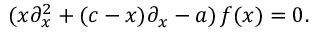
( x \partial _ { x } ^ { 2 } + ( c - x ) \partial _ { x } - a ) \, f ( x ) = 0 .